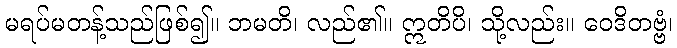
မရပ်မတန့်သည်ဖြစ်၍။ ဘမတိ၊ လည်၏။ ဣတိပိ၊ သို့လည်း။ ဝေဒိတဗ္ဗံ၊